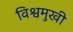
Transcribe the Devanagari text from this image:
विश्वमुखी